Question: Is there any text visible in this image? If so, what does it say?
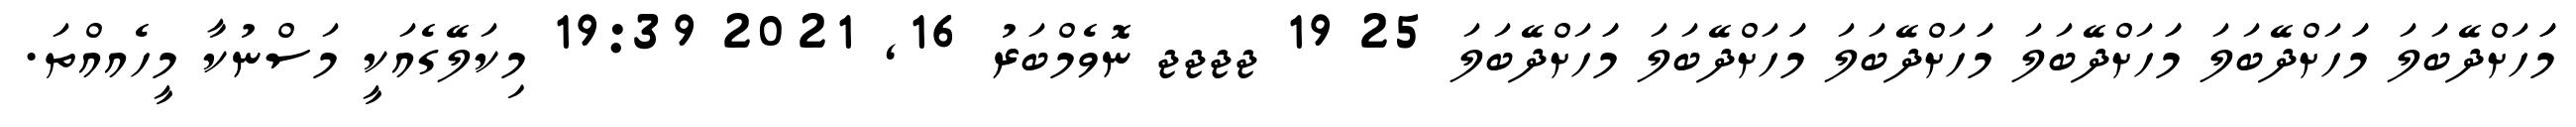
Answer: މަަހަށްދޭބަލަ މަަހަށްދޭބަލަ މަަހަށްދޭބަލަ މަަހަށްދޭބަލަ މަަހަށްދޭބަލަ މަަހަށްދޭބަލަ 25 19 ޖޖޖޖ ނޮވެމްބަރު 16, 2021 19:39 މިކަލޭގެއަކީ މަސްނުކާ މީހެއއްތަ.